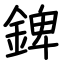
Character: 錍